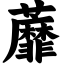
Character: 蘼